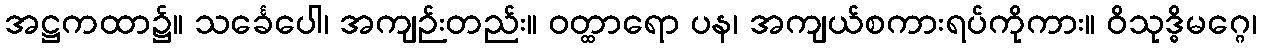
အဋ္ဌကထာ၌။ သင်္ခေပေါ၊ အကျဉ်းတည်း။ ဝတ္ထာရော ပန၊ အကျယ်စကားရပ်ကိုကား။ ဝိသုဒ္ဓိမဂ္ဂေ၊